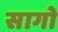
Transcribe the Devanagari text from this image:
सागो